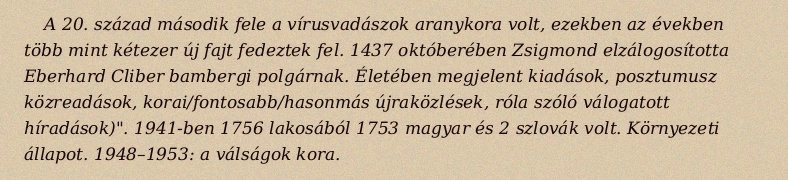
A 20. század második fele a vírusvadászok aranykora volt, ezekben az években több mint kétezer új fajt fedeztek fel. 1437 októberében Zsigmond elzálogosította Eberhard Cliber bambergi polgárnak. Életében megjelent kiadások, posztumusz közreadások, korai/fontosabb/hasonmás újraközlések, róla szóló válogatott híradások)". 1941-ben 1756 lakosából 1753 magyar és 2 szlovák volt. Környezeti állapot. 1948–1953: a válságok kora.